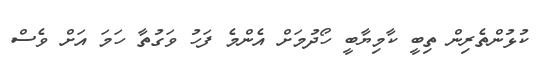
ކުޅުންތެރިން ތިބީ ކާމިޔާބީ ހޯދުމަށް އެންމެ ފަހު ވަގުތާ ހަމަ އަށް ވެސް